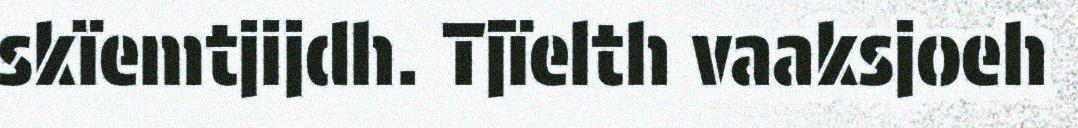
skïemtjijdh. Tjïelth vaaksjoeh